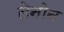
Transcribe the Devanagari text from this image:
लेनोन